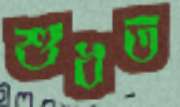
শুধত